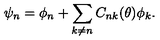
\psi _ { n } = \phi _ { n } + \sum _ { k \neq n } C _ { n k } ( \theta ) \phi _ { k } .